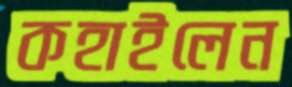
কহাইলেন